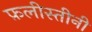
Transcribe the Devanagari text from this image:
फ़लीस्तीनी